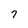
Character: 7